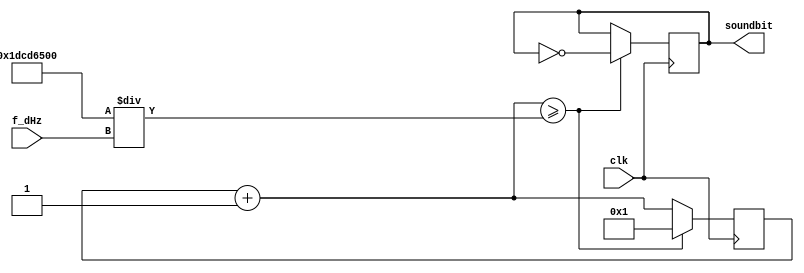
module square(input [31:0] f_dHz, input clk, output reg soundbit = 0);
reg [31:0] n = 0;
always @(posedge clk)
begin
    n = n + 1;
    if (n >= 500_000_000 / f_dHz)
    begin
        n = 1;
        soundbit = ~soundbit;
    end
end
endmodule

module harmonic_pwm(input [31:0] f_dHz, input clk, output soundbit);
wire [63:0] N_0;
assign N_0 = 100_000_000_0 / f_dHz;
parameter N = 100;
wire [63:0] N_V;
// N_0: the total clk posedge times of a function period
// N: the clk posedge times between two adjacent sample points
// N_V: the up times in every sample period
// (N_V = N * f(t_sample), f(t) is the relative voltage at time t)
reg [63:0] n = N;
reg [63:0] n_0 = 0;
parameter pi_10000 = 31416;
// counters:
// n: the counter of clk (1 ~ N)
// n_0: the counter of sample periods (1 ~ N_0 / N)
assign soundbit = (n < N_V) ? 1 : 0;
// N_V = N * f(n_0 => 1 ~ N_0 / N)
reg [63:0] n_0_0 = 0;
reg [63:0] N_V_0 = 0;
reg [63:0] tmp = 0;
assign N_V = (100000 * N_0 / n_0 / N >= 200000) ? (N / 2 + N_V_0 / 2) : (N / 2 - N_V_0 / 2);
// n_0_0: the same or negative value in 1 ~ N_0 / 4 / N;
// N_V_0 = N * sin(n_0_0 => 1 ~ N_0 / N / 4)
// tmp is the intermediate variable used.
always @(posedge clk)
begin
    if (n >= N)
    begin
        n = 1;
        if (n_0 >= N_0 / N)
            n_0 = 1;
        else
            n_0 = n_0 + 1;

        if (100000 * N_0 / n_0 / N >= 400000)
            n_0_0 = n_0;
        else if (200000 * N_0 / n_0 / N >= 400000)
            n_0_0 = N_0 / N / 2 - n_0;
        else if (300000 * N_0 / n_0 / N >= 400000)
            n_0_0 = n_0 - N_0 / N / 2;
        else n_0_0 = N_0 / N - n_0;
        // N_V_0 = + 2 * pi ^ 1 / 1   * N / (N_0 / N / n_0_0) ^ 1
        //         - 4 * pi ^ 3 / 3   * N / (N_0 / N / n_0_0) ^ 3
        //         + 4 * pi ^ 5 / 15  * N / (N_0 / N / n_0_0) ^ 5
        //         - 8 * pi ^ 7 / 315 * N / (N_0 / N / n_0_0) ^ 7
        // x = N * n_0_0 / N_0, 0 ~ 1
        tmp = 2 * pi_10000 * N * N * n_0_0 / N_0 / 10000;
        N_V_0 = tmp;
        tmp = tmp * 2 * pi_10000 * pi_10000 / 3  / (10000 * N_0 / N / n_0_0) / (10000 * N_0 / N / n_0_0);
        N_V_0 = N_V_0 - tmp;
        tmp = tmp * 1 * pi_10000 * pi_10000 / 5  / (10000 * N_0 / N / n_0_0) / (10000 * N_0 / N / n_0_0);
        N_V_0 = N_V_0 + tmp;
        tmp = tmp * 2 * pi_10000 * pi_10000 / 21 / (10000 * N_0 / N / n_0_0) / (10000 * N_0 / N / n_0_0);
        N_V_0 = N_V_0 - tmp;
    end
    else
        n = n + 1;
end
endmodule